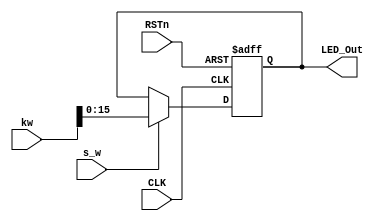
module LED_display_module
(
	CLK, RSTn, s_w, kw, LED_Out
);
     input CLK;
     input RSTn;	 
	  input s_w;
	  input [31:0] kw;
	   
     output [15:0]LED_Out;
	 
	  reg [15:0]rLED_Out;

	 always @ ( posedge CLK or negedge RSTn )
		if( !RSTn ) 
			rLED_Out <= 'd0;	 	
		else if( s_w == 1 )
			rLED_Out <= kw[15:0];
		else 
			rLED_Out <= rLED_Out;
			
	assign LED_Out = rLED_Out;
	
endmodule